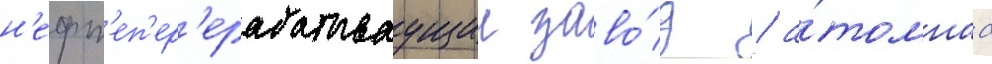
н'ефт'еп'ер'ерабатываущии заво́д / а́томнаа